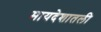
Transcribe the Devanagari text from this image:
मायदेशातली